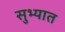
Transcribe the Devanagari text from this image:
सुभ्यात